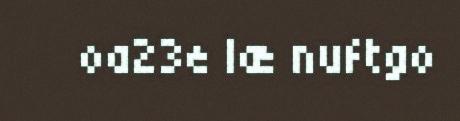
oa23e læ nuftgo